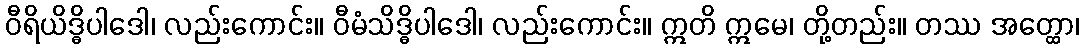
ဝီရိယိဒ္ဓိပါဒေါ၊ လည်းကောင်း။ ဝီမံသိဒ္ဓိပါဒေါ၊ လည်းကောင်း။ ဣတိ ဣမေ၊ တို့တည်း။ တဿ အတ္ထော၊